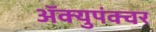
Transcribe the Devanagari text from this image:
ॲक्युपंक्चर